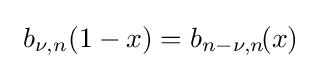
\ b_{\nu ,n}\!\left(1-x\right)=b_{n-\nu ,n}\!(x)~